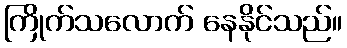
ကြိုက်သလောက် နေနိုင်သည်။